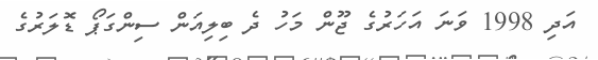
އަދި 1998 ވަނަ އަހަރުގެ ޖޫން މަހު ދެ ބިލިއަން ސިންގަޕޯ ޑޮލަރުގެ